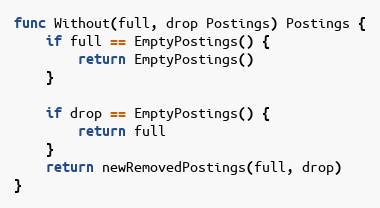
Language: Go
func Without(full, drop Postings) Postings {
	if full == EmptyPostings() {
		return EmptyPostings()
	}

	if drop == EmptyPostings() {
		return full
	}
	return newRemovedPostings(full, drop)
}